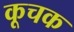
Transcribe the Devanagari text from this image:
कूचक